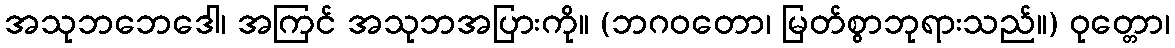
အသုဘဘေဒေါ၊ အကြင် အသုဘအပြားကို။ (ဘဂဝတော၊ မြတ်စွာဘုရားသည်။) ဝုတ္တော၊